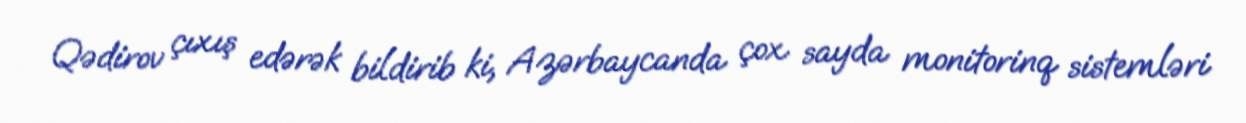
Qədirov çıxış edərək bildirib ki, Azərbaycanda çox sayda monitorinq sistemləri